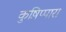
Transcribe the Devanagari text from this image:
कुष़िप्पारा